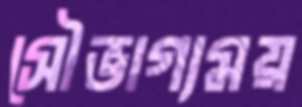
সৌভাগ্যময়